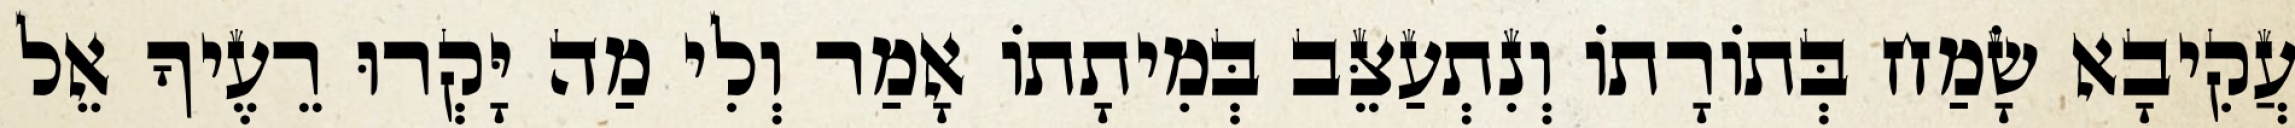
עֲקִיבָא שָׂמַח בְּתוֹרָתוֹ וְנִתְעַצֵּב בְּמִיתָתוֹ אָמַר וְלִי מַה יָּקְרוּ רֵעֶיךָ אֵל